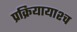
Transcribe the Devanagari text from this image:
प्रक्रियायाश्च